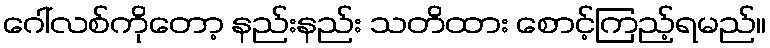
ဂေါ်လစ်ကိုတော့ နည်းနည်း သတိထား စောင့်ကြည့်ရမည်။